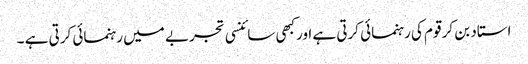
استاد بن کر قوم کی رہنمائی کرتی ہے اورکبھی سائنسی تجربے میں رہنمائی کرتی ہے ۔